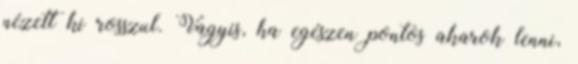
nézett ki rosszul. Vagyis, ha egészen pontos akarok lenni,